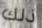
ذلك